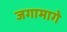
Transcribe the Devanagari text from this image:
जगामागे